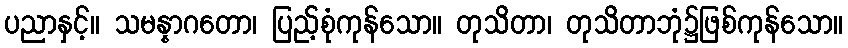
ပညာနှင့်။ သမန္နာဂတော၊ ပြည့်စုံကုန်သော။ တုသိတာ၊ တုသိတာဘုံ၌ဖြစ်ကုန်သော။